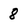
Character: 8